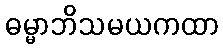
ဓမ္မာဘိသမယကထာ